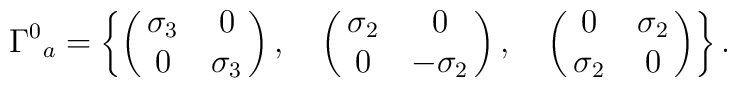
{\Gamma^0}_a=\left\{\pmatrix {\sigma_3 &  0 \cr0  & \sigma_3  \cr}, \quad\pmatrix {\sigma_2 &  0 \cr0  & -\sigma_2  \cr}, \quad\pmatrix {0 & \sigma_2  \cr\sigma_2  & 0 \cr}\right\}.